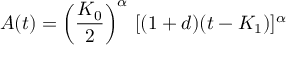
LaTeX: A ( t ) = \left( \frac { { \cal { K } } _ { 0 } } { 2 } \right) ^ { \alpha } \, [ ( 1 + d ) ( t - { \cal { K } } _ { 1 } ) ] ^ { \alpha }